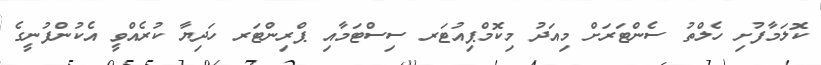
ކޮލަމާފުށި ހެލްތު ސެންޓަރަށް މިއަދު މިކޮމްޕިއުޓަރ ސިސްޓަމާއި ޕްރިންޓަރ ހަދިޔާ ކުރެއްވީ އެކުންފުނީގެ